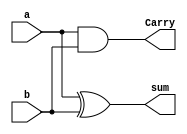

// STRUCTURAL OR GATE LEVEL MODELLING OF FULL ADDER USING THE HALF ADDER
// SOURCE CODE 

module half_adder(a,b,sum,Carry);  // Half adder instance
       input a,b;    
       output  wire sum,Carry;
       assign sum = a^b;        
  	   assign Carry = a&b;
endmodule

module full_adder (a,b,Cin,sum,Cout); // Designing full adder module using half adder instance
       input a,b,Cin;
       output sum,Cout;
   	   wire C1,S1,C2;
   	   half_adder HA1(a,b,S1,C1); // For the first half adder instance
   	   half_adder HA2(Cin,S1,sum,C2); // For the first half adder instance
   	   or (Cout,C1,C2); // The output & input of OR gate
endmodule